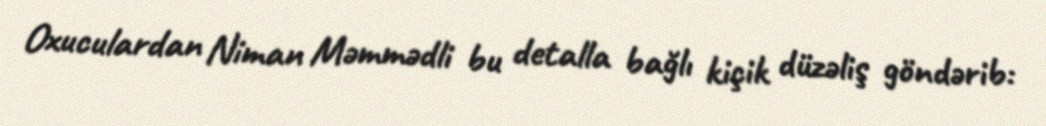
Oxuculardan Niman Məmmədli bu detalla bağlı kiçik düzəliş göndərib: